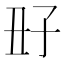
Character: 𡥆